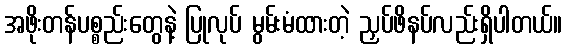
အဖိုးတန်ပစ္စည်းတွေနဲ့ ပြုလုပ် မွမ်းမံထားတဲ့ ညှပ်ဖိနပ်လည်းရှိပါတယ်။